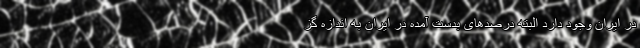
در ایران وجود دارد البته درصد‌های بدست آمده در ایران به اندازه گز